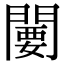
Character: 闄